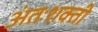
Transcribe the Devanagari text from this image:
अंतःशक्ती